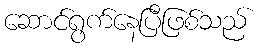
ဆောင်ရွက်နေပြီဖြစ်သည်